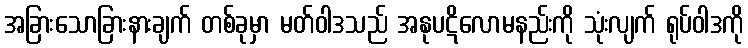
အခြားသောခြားနားချက် တစ်ခုမှာ မတ်ဝါဒသည် အနုပဋိလောမနည်းကို သုံးလျက် ရုပ်ဝါဒကို